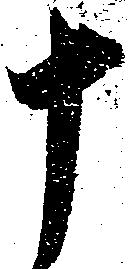
十